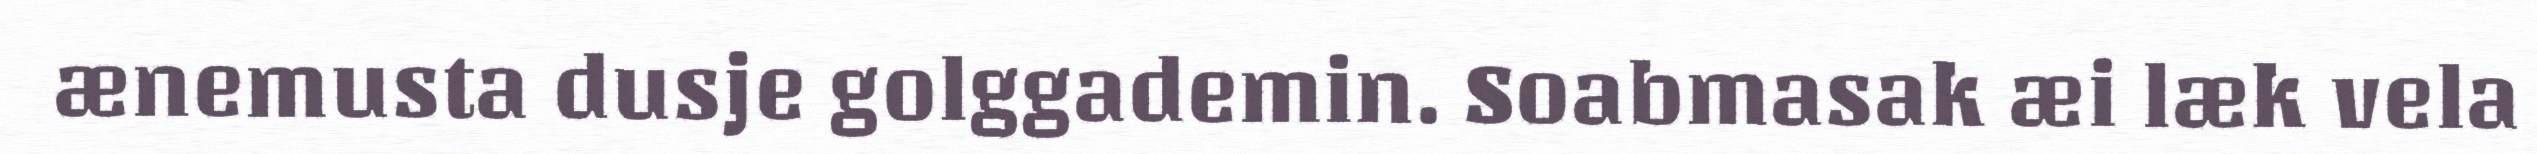
ænemusta dusje golggademin. Soabmasak æi læk vela